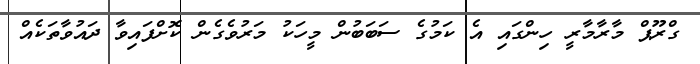
ގްރޫޕް މާރާމާރީ ހިންގައި އެ ކަމުގެ ސަބަބުން މީހަކު މަރުވެގެން ކޮށްފައިވާ ދައުވާތަކެއް